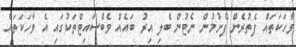
ވާހަކަތައް ފެތުރެން ފެށުމުން ނެޓުން ބެލި އިރު ބައެއް ވެބްސައިޓްތަކުގައި އެ ވާހަކަތައް